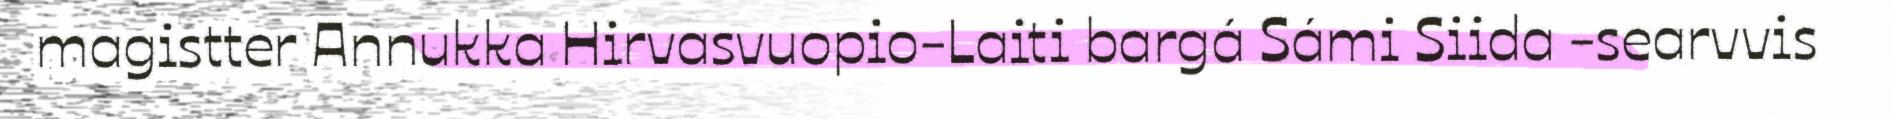
magistter Annukka Hirvasvuopio-Laiti bargá Sámi Siida -searvvis